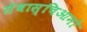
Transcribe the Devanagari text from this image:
सेबास्चिआनो